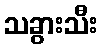
သခွားသီး